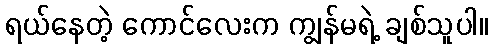
ရယ်နေတဲ့ ကောင်လေးက ကျွန်မရဲ့ ချစ်သူပါ။